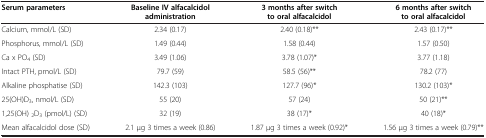
<table><thead><tr><td><b>Serum parameters</b></td><td><b>Baseline IV alfacalcidol administration</b></td><td><b>3 months after switch to oral alfacalcidol</b></td><td><b>6 months after switch to oral alfacalcidol</b></td></tr></thead><tbody><tr><td>Calcium, mmol/L (SD)</td><td>2.34 (0.17)</td><td>2.40 (0.18)**</td><td>2.43 (0.17)**</td></tr><tr><td>Phosphorus, mmol/L (SD)</td><td>1.49 (0.44)</td><td>1.58 (0.44)</td><td>1.57 (0.50)</td></tr><tr><td>Ca x PO<sub>4</sub> (SD)</td><td>3.49 (1.06)</td><td>3.78 (1.07)*</td><td>3.77 (1.18)</td></tr><tr><td>Intact PTH, pmol/L (SD)</td><td>79.7 (59)</td><td>58.5 (56)**</td><td>78.2 (77)</td></tr><tr><td>Alkaline phosphatise (SD)</td><td>142.3 (103)</td><td>127.7 (96)*</td><td>130.2 (103)*</td></tr><tr><td>25(OH)D<sub>3</sub>, nmol/L (SD)</td><td>55 (20)</td><td>57 (24)</td><td>50 (21)**</td></tr><tr><td>1,25(OH) <sub>2</sub>D<sub>3</sub> (pmol/L) (SD)</td><td>32 (19)</td><td>38 (17)*</td><td>40 (18)*</td></tr><tr><td>Mean alfacalcidol dose (SD)</td><td>2.1 μg 3 times a week (0.86)</td><td>1.87 μg 3 times a week (0.92)*</td><td>1.56 μg 3 times a week (0.79)**</td></tr></tbody></table>